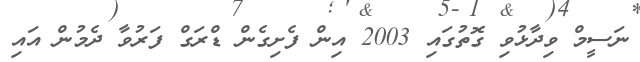
ނަސީމް ވިދާޅުވި ގޮތުގައި 2003 އިން ފެށިގެން ޑްރަގް ފަރުވާ ދެމުން އައި